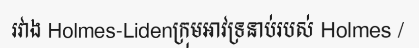
រវាង Holmes-Lidenក្រុមអាវទ្រនាប់របស់ Holmes /